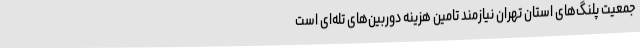
جمعیت پلنگ‌های استان تهران نیازمند تامین هزینه دوربین‌های تله‌ای است